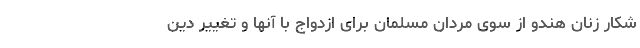
شکار زنان هندو از سوی مردان مسلمان برای ازدواج با آنها و تغییر دین